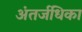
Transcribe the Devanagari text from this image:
अंतर्जधिका